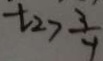
t _ { 2 } > \frac { 3 } { 4 }